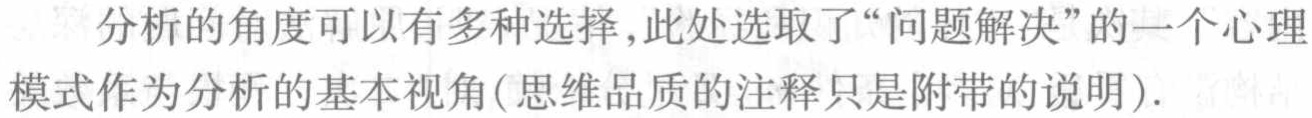
分析的角度可以有多种选择,此处选取了“问题解决”的一个心理
模式作为分析的基本视角(思维品质的注释只是附带的说明).